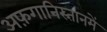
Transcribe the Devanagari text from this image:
अफ़गानिस्तानमें